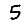
Digit: 5